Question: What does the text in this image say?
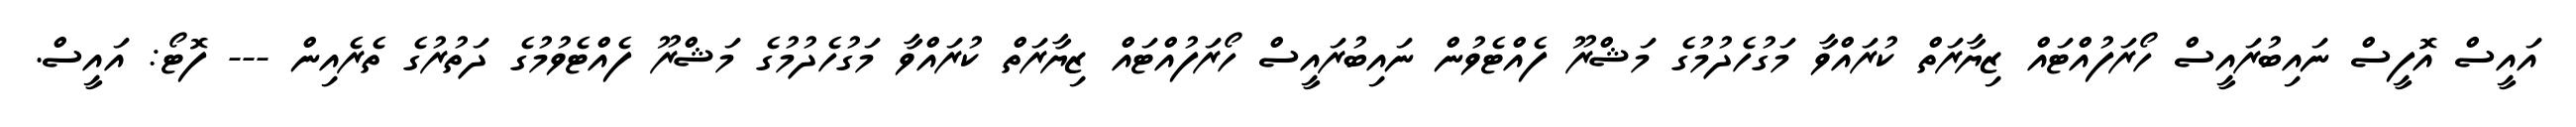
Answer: އައީސް އޮފީސް ނައިބުރައީސް ހޯރަފުއްޓައް ޒިޔާރަތް ކުރައްވާ މަގުހެދުމުގެ މަޝްރޫ ފެއްޓެވުން ނައިބުރައީސް ހޯރަފުއްޓައް ޒިޔާރަތް ކުރައްވާ މަގުހެދުމުގެ މަޝްރޫ ފެއްޓެވުމުގެ ދަތުރުގެ ތެރެއިން --- ފޮޓޯ: އައީސް.